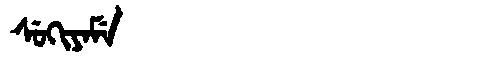
Manchu: ᠰᡠᡴᡳᠶᠠᠮᡝ
Romanization: SUKIYAME